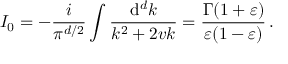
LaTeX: I _ { 0 } = - \frac { i } { \pi ^ { d / 2 } } \int \frac { \mathrm { d } ^ { d } k } { k ^ { 2 } + 2 v k } = \frac { \Gamma ( 1 + \varepsilon ) } { \varepsilon ( 1 - \varepsilon ) } \, .